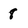
Character: 8